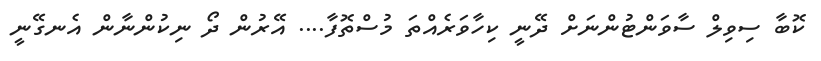
ކޮބާ ސިވިލް ސާވަންޓުންނަށް ދޭނީ ކިހާވަރެއްތަ މުސްތޮފާ.... އޭރުން ދޯ ނިކުންނާން އެނގޭނީ